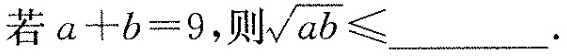
若$$a+b=9$$，则 \sqrt{ab} \leqslant ___ .